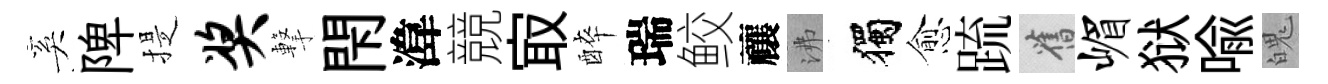
奚陴提奖撃閇湋競㝡醉瑞鲛禳沸獨愈䟽舊嵋狱喩魄